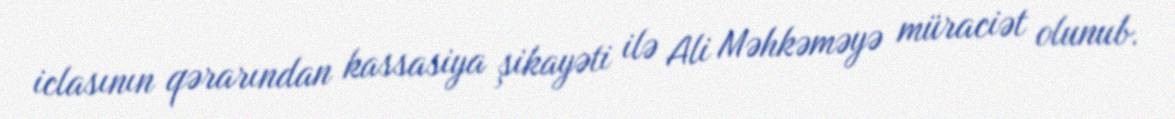
iclasının qərarından kassasiya şikayəti ilə Ali Məhkəməyə müraciət olunub.